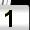
Digit: 1